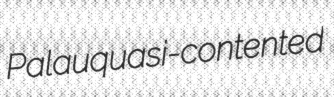
Palau quasi-contented